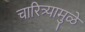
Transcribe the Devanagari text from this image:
चारित्र्यामुळे